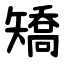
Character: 矯